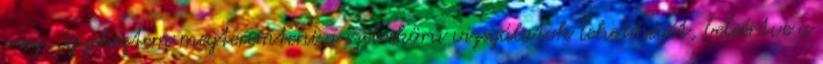
meg. Igyekeztem megteremteni a széleskörű vizsgálatok lehetőségét, beleértve a